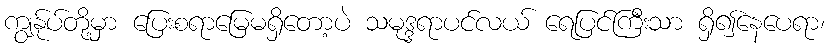
ကျွန်ုပ်တို့မှာ ပြေးစရာမြေမရှိတော့ပဲ သမုဒ္ဒရာပင်လယ် ရေပြင်ကြီးသာ ရှိ၍နေပေရာ၊